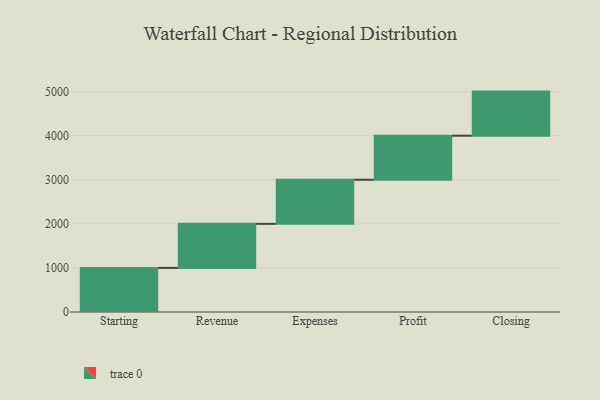
{"axis": {"x": "Step", "y": "Value"}, "legend": [""], "data": [{"x": "Starting", "y": 1000, "type": ""}, {"x": "Revenue", "y": 1000, "type": ""}, {"x": "Expenses", "y": 1000, "type": ""}, {"x": "Profit", "y": 1000, "type": ""}, {"x": "Closing", "y": 1000, "type": ""}]}